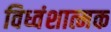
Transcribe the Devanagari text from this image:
विध्वंशात्मक